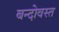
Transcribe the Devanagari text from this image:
बन्दोवस्त